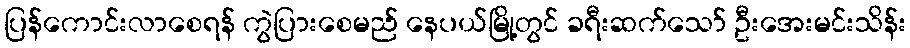
ပြန်ကောင်းလာစေရန် ကွဲပြားစေမည် နေပယ်မြို့တွင် ခရီးဆက်သော် ဦးအေးမင်းသိန်း